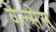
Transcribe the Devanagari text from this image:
वेल्सेस